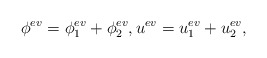
\begin{align*} \phi^{ev} = \phi_1^{ev} + \phi_2^{ev}, u^{ev} = u_1^{ev} + u_2^{ev},\end{align*}